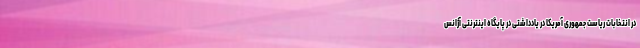
در انتخابات ریاست جمهوری آمریکا در یادداشتی در پایگاه اینترنتی آژانس